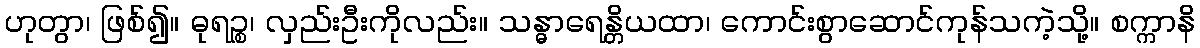
ဟုတွာ၊ ဖြစ်၍။ ဓုရဉ္စ၊ လှည်းဦးကိုလည်း။ သန္ဓာရေန္တိယထာ၊ ကောင်းစွာဆောင်ကုန်သကဲ့သို့။ စက္ကာနိ